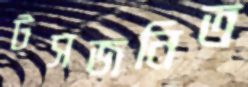
টসজনিত